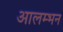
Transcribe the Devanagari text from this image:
आलम्भन